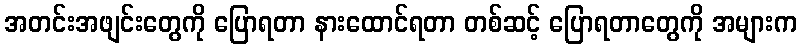
အတင်းအဖျင်းတွေကို ပြောရတာ နားထောင်ရတာ တစ်ဆင့် ပြောရတာတွေကို အများက